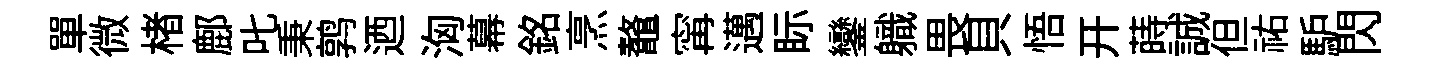
單微楮鄜叱秉鹑迺洶幕銘烹鼇𡩋邁眎鑾軄畏貝悟开蒔誠但祐馿閃